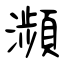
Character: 瀕